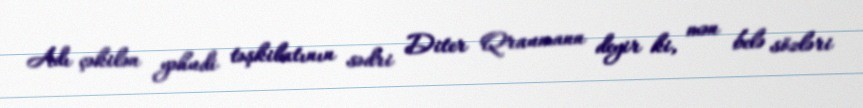
Adı çəkilən yəhudi təşkilatının sədri Diter Qraumann deyir ki, mən belə sözləri